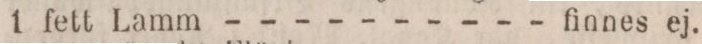
1 fett Lamm - - - - - - - - - - finnes ej.